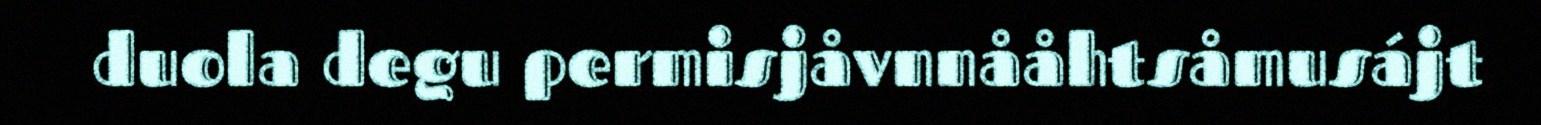
duola degu permisjåvnnååhtsåmusájt